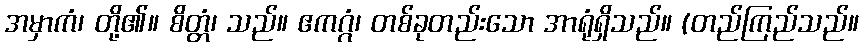
အမှာကံ၊ တို့၏။ စိတ္တံ၊ သည်။ ဧကဂ္ဂံ၊ တစ်ခုတည်းသော အာရုံရှိသည်။ (တည်ကြည်သည်။